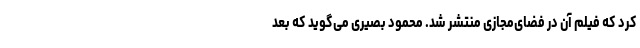
کرد که فیلم آن در فضای‌مجازی منتشر شد. محمود بصیری می‌گوید که بعد